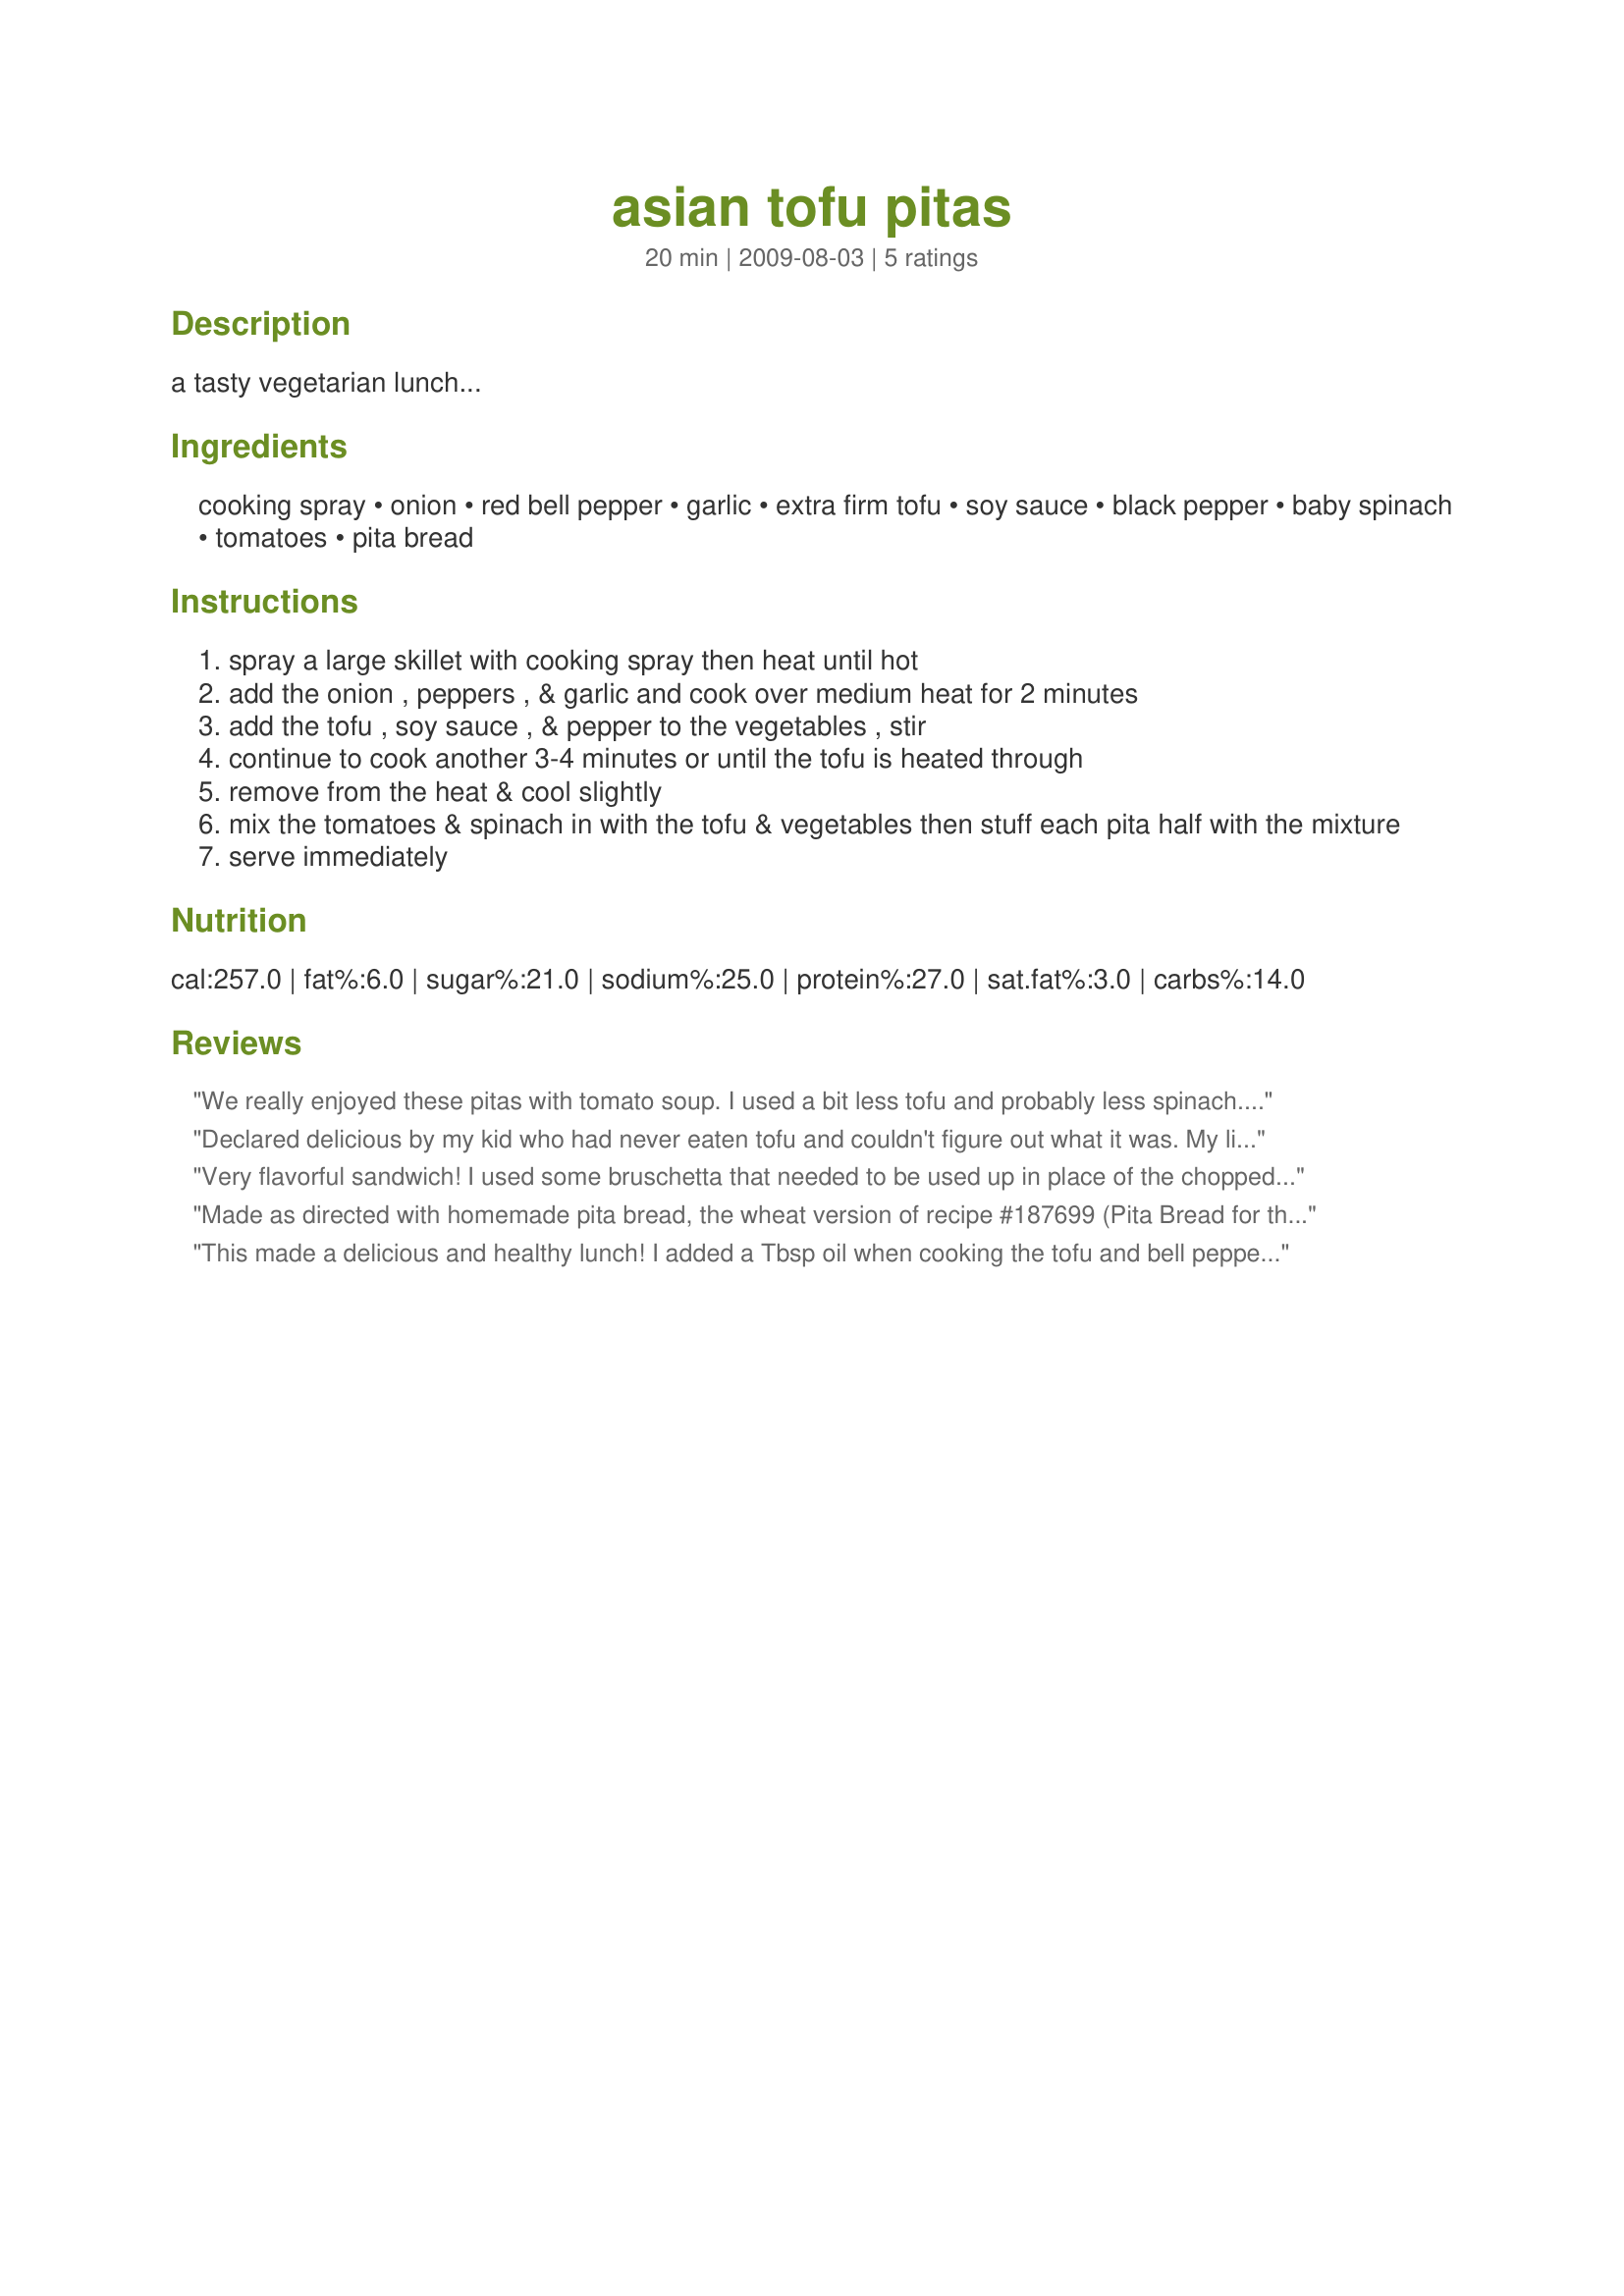
asian tofu pitas
Preparation time: 20 minutes

a tasty vegetarian lunch...

Ingredients:
cooking spray, onion, red bell pepper, garlic, extra firm tofu, soy sauce, black pepper, baby spinach, tomatoes, pita bread

Steps:
spray a large skillet with cooking spray then heat until hot
add the onion , peppers , & garlic and cook over medium heat for 2 minutes
add the tofu , soy sauce , & pepper to the vegetables , stir
continue to cook another 3-4 minutes or until the tofu is heated through
remove from the heat & cool slightly
mix the tomatoes & spinach in with the tofu & vegetables then stuff each pita half with the mixture
serve immediately

Reviews:
We really enjoyed these pitas with tomato soup. I used a bit less tofu and probably less spinach. I also used the salad pockets - delish and an easy supper. Thanks for sharing!
Declared delicious by my kid who had never eaten tofu and couldn't figure out what it was. My lips are buttoned shut. Made for ZWT #6.
Very flavorful sandwich! I used some bruschetta that needed to be used up in place of the chopped tomato and reheated some tofu left over from another meal. Thanks for sharing. Made for the ZWT6 Diabetic Challenge for Seasoned Sailor and his Sassy Sirens.
Made as directed with homemade pita bread, the wheat version of recipe #187699 (Pita Bread for the Breadmaker), into which I incorporated recipe #404288 (Nutritious Flour Blend). Very healthy and I just love tofu! Next time I will try adding some Asian red sweet chili sauce as one reviewer suggested in order to spice it up a bit. Thanks, Nasseh! Made for Best of 2010 Tag Game as recommended by gailanng.
This made a delicious and healthy lunch! I added a Tbsp oil when cooking the tofu and bell pepper. Right before taking the tofu and veggies off the stove I also added a Tbsp of Asian red sweet chili sauce to give it a little extra flavor. Thanks for another great recipe! Made for ZWT6 LOONEY SPOON PHOODIES.
